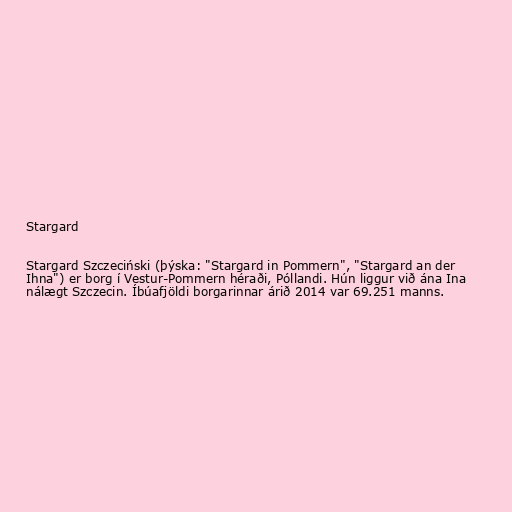
Stargard

Stargard Szczeciński (þýska: "Stargard in Pommern", "Stargard an der
Ihna") er borg í Vestur-Pommern héraði, Póllandi. Hún liggur við ána Ina
nálægt Szczecin. Íbúafjöldi borgarinnar árið 2014 var 69.251 manns.